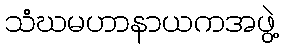
သံဃမဟာနာယကအဖွဲ့